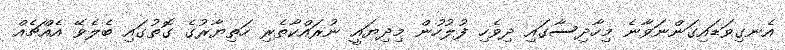
އެނގިވަޑައިގަންނަވާނެ މިހާދިސާގައި ދިވެހި ފުލުހުން މިދިޔައީ ނުރައްކާތެރި ހަތިޔާރުގެ ގޮތުގައި ބެލެވޭ އެއްޗެއް